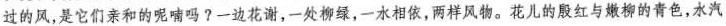
过的风，是它们亲和的呢喃吗?一边花谢，一处柳绿，一水相依，两样风物。花儿的殷红与嫩柳的青色，水汽